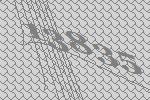
13835